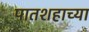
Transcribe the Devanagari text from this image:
पातशहाच्या